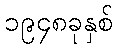
၁၉၄၈ခုနှစ်